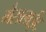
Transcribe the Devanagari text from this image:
गैसलाईट